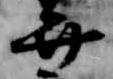
弁